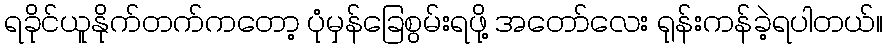
ရခိုင်ယူနိုက်တက်ကတော့ ပုံမှန်ခြေစွမ်းရဖို့ အတော်လေး ရုန်းကန်ခဲ့ရပါတယ်။